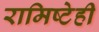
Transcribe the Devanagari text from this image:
रामिष्टेही